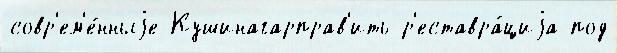
совр'ем'е́нныjе Кушинагарправ'ить р'еставра́циjа под